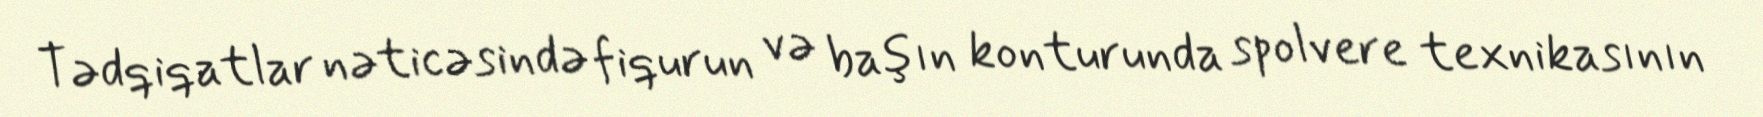
Tədqiqatlar nəticəsində fiqurun və başın konturunda spolvere texnikasının